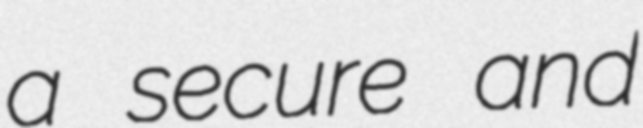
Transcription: a secure and